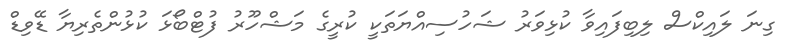
ގިނަ ލައިކްސް ލިބިފައިވާ ކުޅިވަރު ޝަހުސިއްޔަތަކީ ކުރީގެ މަޝްހޫރު ފުޓްބޯޅަ ކުޅުންތެރިޔާ ޑޭވިޑް